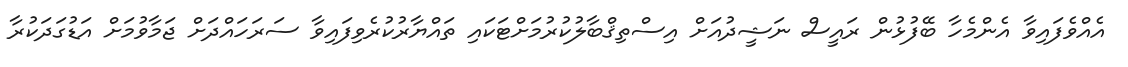
އެއްވެފައިވާ އެންމެހާ ބޭފުޅުން ރައީސް ނަޝީދުއަށް އިސްތިޤްބާލުކުރުމަށްޓަކައި ތައްޔާރުކުރެވިފައިވާ ސަރަހައްދަށް ޖަމާވުމަށް އަޑުގަދަކުރާ